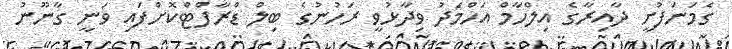
ގެމަނަފުށީ ދާއިރާގެ އިލްހާމް އަހްމަދު ވިދާޅުވީ ރަހުނުގެ ބިލް ޑްރާފްޓްކޮށްފައި ވަނީ ގާނޫނު